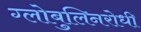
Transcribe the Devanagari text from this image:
ग्लोबुलिनरोधी